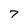
Character: 7